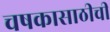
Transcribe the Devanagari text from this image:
चषकासाठीची